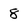
Character: 8